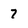
Character: 7